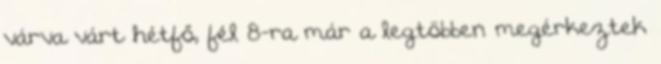
várva várt hétfő, fél 8-ra már a legtöbben megérkeztek